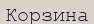
Корзина